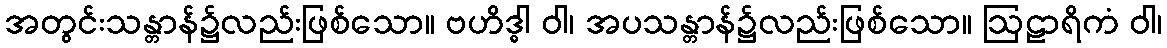
အတွင်းသန္တာန်၌လည်းဖြစ်သော။ ဗဟိဒ္ဓါ ဝါ၊ အပသန္တာန်၌လည်းဖြစ်သော။ ဩဠာရိကံ ဝါ၊